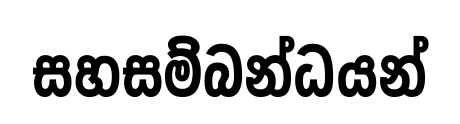
සහසම්බන්ධයන්